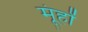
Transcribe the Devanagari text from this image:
मूंहों